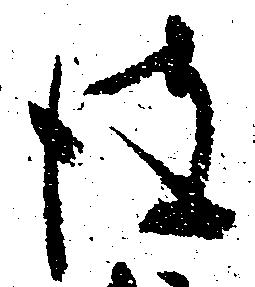
彼